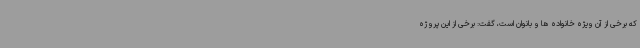
که برخی از آن ویژه خانواده ها و بانوان است، گفت: برخی از این پروژه